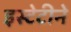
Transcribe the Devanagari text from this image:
इस्टेटीने